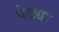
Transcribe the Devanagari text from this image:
पेढ्या